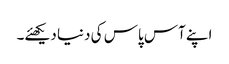
اپنے آس پاس کی دنیا دیکھئے۔